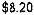
$8.20